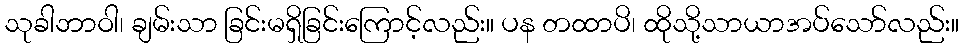
သုခါဘာဝါ၊ ချမ်းသာ ခြင်းမရှိခြင်းကြောင့်လည်း။ ပန တထာပိ၊ ထိုသို့သာယာအပ်သော်လည်း။